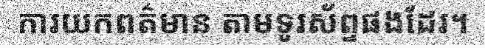
ការយកពត៌មាន តាមទូរស័ព្ទផងដែរ។